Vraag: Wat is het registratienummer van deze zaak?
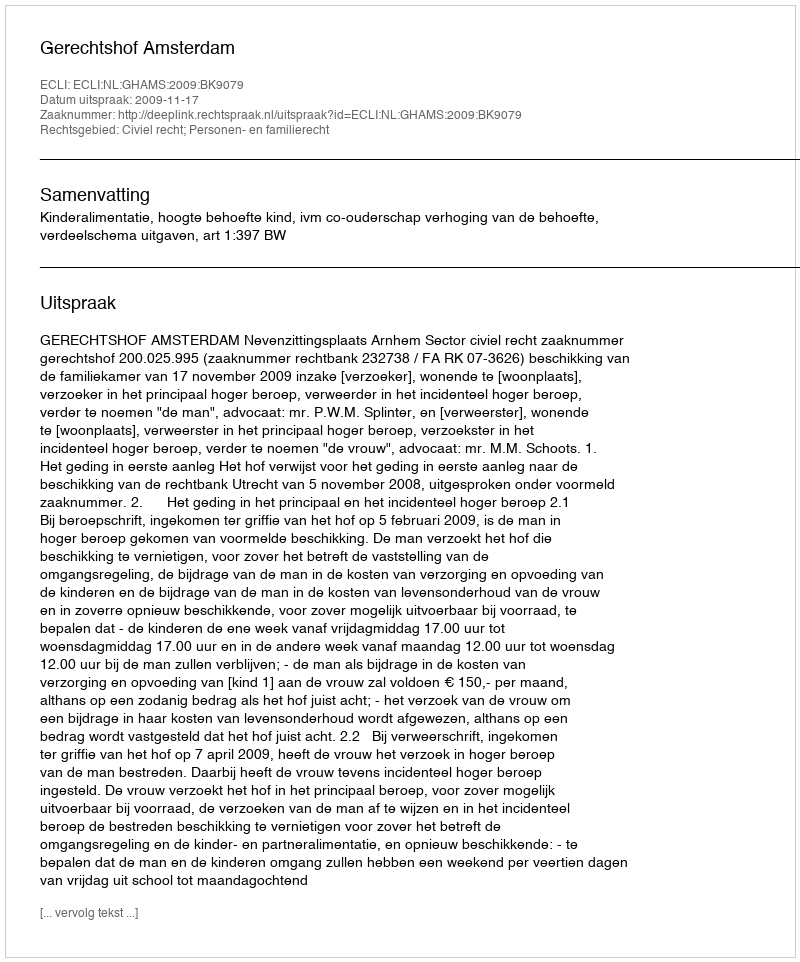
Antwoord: http://deeplink.rechtspraak.nl/uitspraak?id=ECLI:NL:GHAMS:2009:BK9079